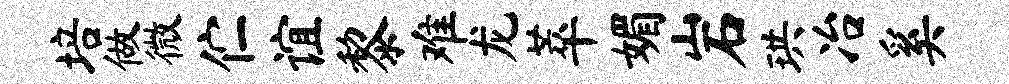
培做微伫谊黎难龙萃媚岩珙冶奚